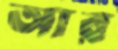
আর